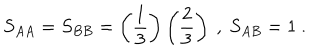
LaTeX: S _ { A A } = S _ { B B } = \left( \frac { 1 } { 3 } \right) \left( \frac { 2 } { 3 } \right) \ , \ S _ { A B } = 1 \ .